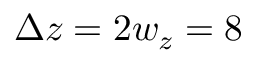
\Delta z = 2 w _ { z } = 8